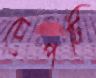
চেপটি